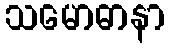
သမောဓာနာ